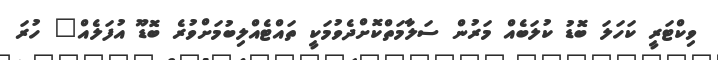
ވިކްޓަރީ ކަހަލަ ބޮޑު ކުލަބެއް މަރުން ސަލާމަތްކޮށްދެވުމަކީ ތައްޓެއްލިބުމަށްވުރެ ބޮޑޫ އުފަލެއް" ހުރަ